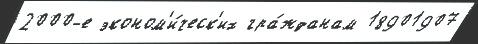
2000-е эконом'и́ческ'их гра́жданам 18901907